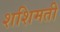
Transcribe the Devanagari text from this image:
शशिमती